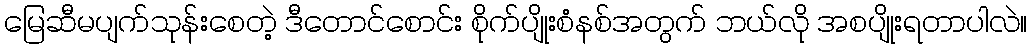
မြေဆီမပျက်သုန်းစေတဲ့ ဒီတောင်စောင်း စိုက်ပျိုးစံနစ်အတွက် ဘယ်လို အစပျိုးရတာပါလဲ။